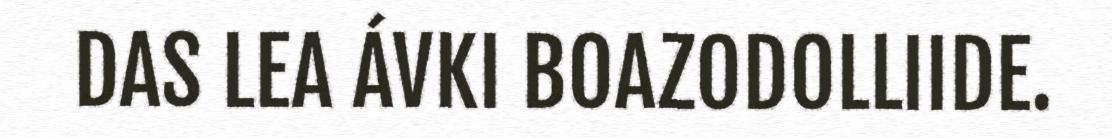
DAS LEA ÁVKI BOAZODOLLIIDE.